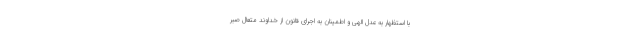
با استظهار به عدل الهی و اطمینان به اجرای قانون از خداوند متعال صبر